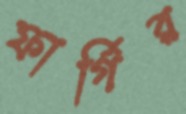
ফার্গির